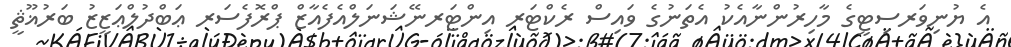
އެ ޔުނިވަރސިޓީގެ މާހިރުންނާއެކު އެތަނުގެ ވައިސް ރެކްޓަރ އިންޓަރނޭޝަނަލްއެފެއާޒް ޕްރޮފެސަރ ޢަބްދުލްޢަޒީޒު ބަރުޣޫޘީ